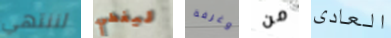
لننتهي ليغطي وغرفة من العادى